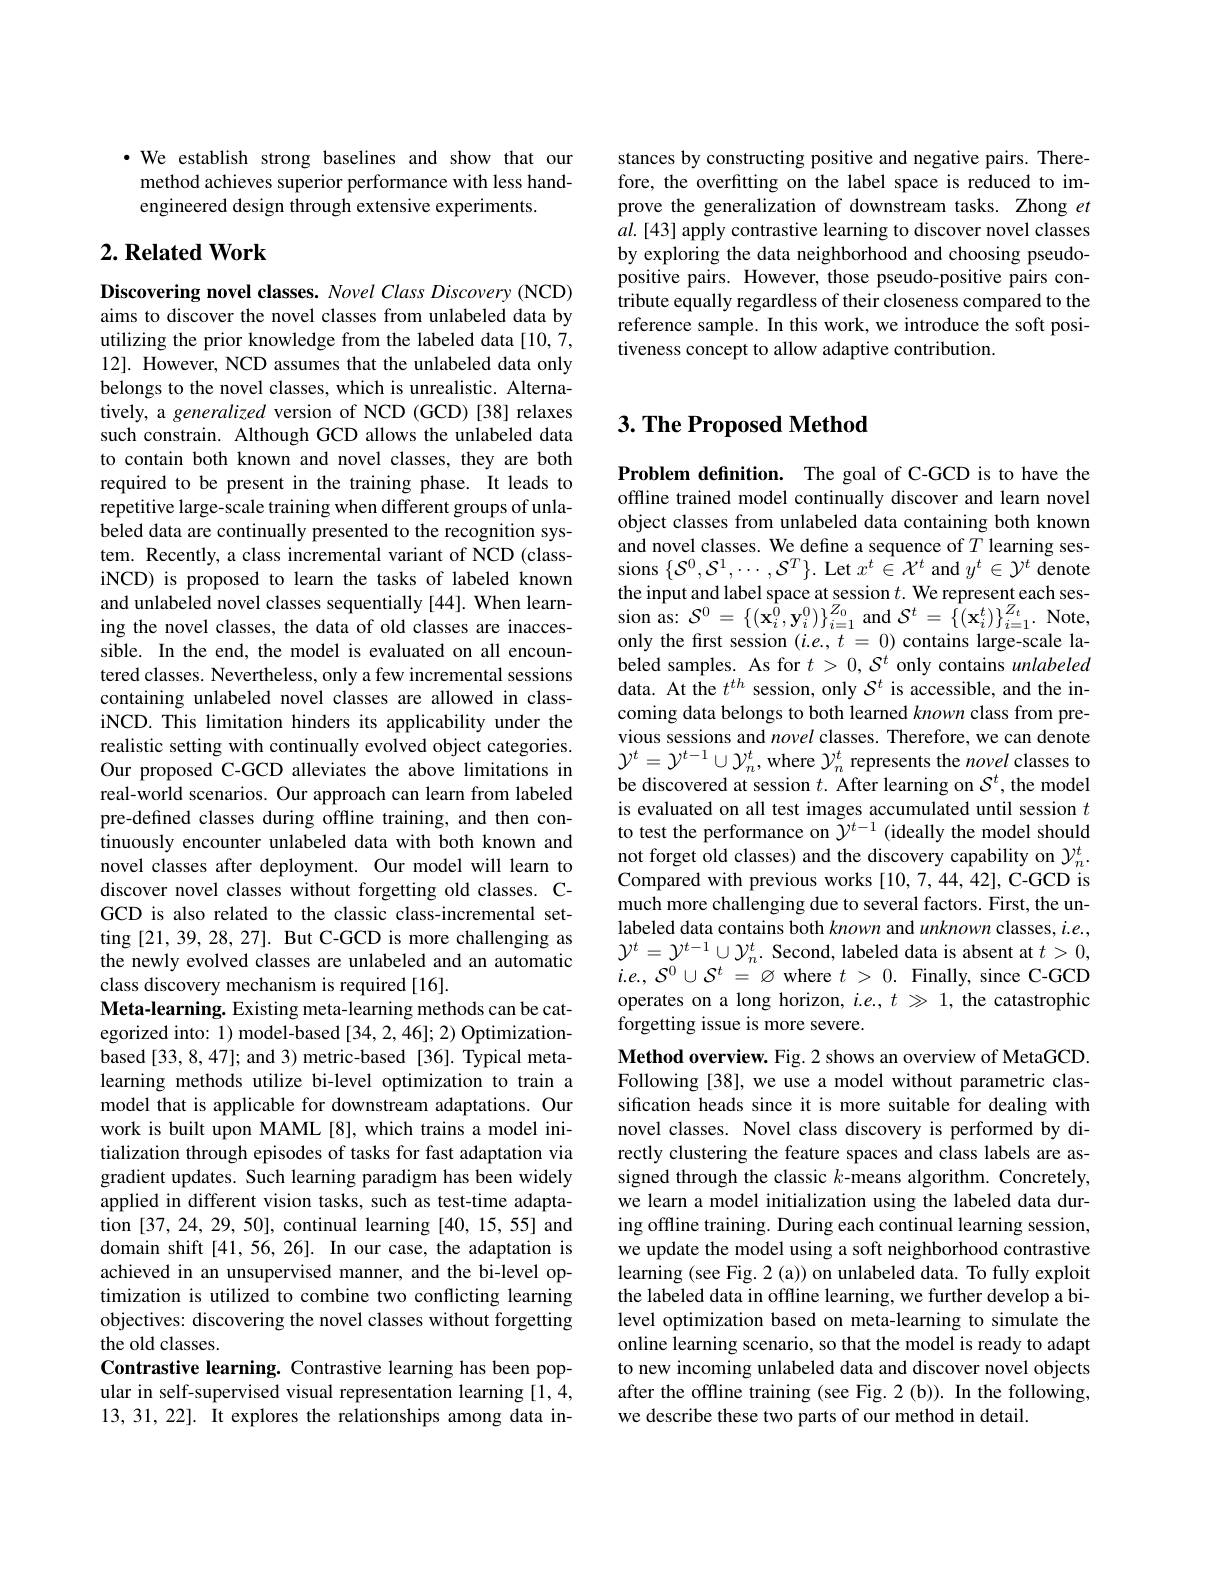
stances by constructing positive and negative pairs. Therefore, the overfitting on the label space is reduced to improve the generalization of downstream tasks. Zhong et $al.[43]$ apply contrastive learning to discover novel classes by exploring the data neighborhood and choosing pseudopositive pairs. However, those pseudo-positive pairs contribute equally regardless of their closeness compared to the reference sample. In this work, we introduce the soft positiveness concept to allow adaptive contribution.

·We establish strong baselines and show that our method achieves superior performance with less handengineered design through extensive experiments.

## $2. \textbf{Related Work}$

Discovering novel classes. Novel Class Discovery (NCD) aims to discover the novel classes from unlabeled data by utilizing the prior knowledge from the labeled data [10,7, 12]. However, NCD assumes that the unlabeled data only belongs to the novel classes, which is unrealistic. Alternatively, a generalized version of NCD (GCD) [38] relaxes such constrain. Although GCD allows the unlabeled data to contain both known and novel classes, they are both required to be present in the training phase. It leads to repetitive large-scale training when different groups of unlabeled data are continually presented to the recognition system. Recently, a class incremental variant of NCD (classiNCD) is proposed to learn the tasks of labeled known and unlabeled novel classes sequentially [44]. When learning the novel classes, the data of old classes are inaccessible. In the end, the model is evaluated on all encountered classes. Nevertheless, only a few incremental sessions containing unlabeled novel classes are allowed in classiNCD. This limitation hinders its applicability under the realistic setting with continually evolved object categories. Our proposed C-GCD alleviates the above limitations in real-world scenarios. Our approach can learn from labeled pre-defined classes during offline training, and then continuously encounter unlabeled data with both known and novel classes after deployment. Our model will learn to discover novel classes without forgetting old classes. CGCD is also related to the classic class-incremental setting [21,39,28,27]. But C-GCD is more challenging as the newly evolved classes are unlabeled and an automatic class discovery mechanism is required [16].
Meta-learning. Existing meta-learning methods can be categorized into: 1) model-based [34, 2, 46]; 2) Optimizationbased [33, 8, 47]; and 3) metric-based [36]. Typical metalearning methods utilize bi-level optimization to train a model that is applicable for downstream adaptations. Our work is built upon MAML [8], which trains a model initialization through episodes of tasks for fast adaptation via gradient updates. Such learning paradigm has been widely applied in different vision tasks, such as test-time adaptation [37,24,29,50], continual learning [40,15,55] and domain shift [41,56,26]. In our case, the adaptation is achieved in an unsupervised manner, and the bi-level optimization is utilized to combine two conflicting learning objectives: discovering the novel classes without forgetting the old classes.
Contrastive learning. Contrastive learning has been popular in self-supervised visual representation learning [1,4, 13, 31, 22]. It explores the relationships among data in-

# 3. The Proposed Method

Problem definition. The goal of C-GCD is to have the offline trained model continually discover and learn novel object classes from unlabeled data containing both known and novel classes. We define a sequence of $T$ learning sessions $\{\mathcal{S}^{0},\mathcal{S}^{1},\cdots,\mathcal{S}^{T}\}.$ Let $x^t\in\mathcal{X}^{t}$ and $y^t\in\mathcal{Y}^{t}$ denote the input and label space at session $t.$ We represent each ses- $\begin{array}{cc}{\mathrm{sion~as:~}\mathcal{S}^{0}=\left\{(\mathbf{x}_{i}^{0},\mathbf{y}_{i}^{0})\right\}_{i=1}^{Z_{0}}\mathrm{and~}\mathcal{S}^{t}=\left\{(\mathbf{x}_{i}^{t})\right\}_{i=1}^{Z_{t}}.\mathrm{~Note,}}\\{\mathrm{sion~as:~}\mathcal{S}^{0}=\left\{(\mathbf{x}_{i}^{0},\mathbf{y}_{i}^{0})\right\}_{i=1}^{Z_{0}}\mathrm{and~}\mathcal{S}^{t}=\left\{(\mathbf{x}_{i}^{t})\right.\mathrm{~Mote,}}\end{array}$ only the first session $(i.e.,t=0)$ contains large-scale labeled samples. As for $t>0,S^t$ only contains unlabeled data. At the $t^th$ session, only $\mathcal{S}^t$ is accessible, and the incoming data belongs to both learned known class from previous sessions and novel classes. Therefore, we can denote $\mathcal{Y}^{t}=\mathcal{Y}^{t-1}\cup\mathcal{Y}_{n}^{t}$, where $\mathcal{Y}_n^{t}$ represents the novel classes to be discovered at session $t.$ After learning on $S^t$, the model is evaluated on all test images accumulated until session $t$ to test the performance on $\tilde{y}^{t-1}$ (ideally the model should $\begin{array}{l}\text{not forget old classes) and the discovery capability on }{\mathcal{Y}}_{n}^{t}.\\\text{Compared with previous works [10,7,44,42], C-GCD is}\end{array}$ much more challenging due to several factors. First, the unlabeled data contains both known and unknown classes, i.e., $\mathcal{Y}^t=\mathcal{Y}^{t-1}\cup\mathcal{Y}_n^t.$ Second, labeled data is absent at $t>0$, $i. e. $, ${\mathcal{S} }^{0}\cup {\mathcal{S} }^{t}$ = $\varnothing$ where $t$ > 0. Finally, since C-GCD operates on a long horizon, $i.e.,t\gg1$, the catastrophic forgetting issue is more severe.
Method overview. Fig. 2 shows an overview of MetaGCD. Following [38], we use a model without parametric classification heads since it is more suitable for dealing with novel classes. Novel class discovery is performed by directly clustering the feature spaces and class labels are assigned through the classic $k$-means algorithm. Concretely, we learn a model initialization using the labeled data during offline training. During each continual learning session, we update the model using a soft neighborhood contrastive learning (see Fig. 2 (a)) on unlabeled data. To fully exploit the labeled data in offline learning, we further develop a bilevel optimization based on meta-learning to simulate the online learning scenario, so that the model is ready to adapt to new incoming unlabeled data and discover novel objects after the offline training (see Fig. 2 (b)). In the following, we describe these two parts of our method in detail.